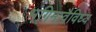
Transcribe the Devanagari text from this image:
भंगिमावैविध्य